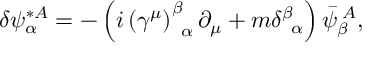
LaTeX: \delta \psi _ { \alpha } ^ { * A } = - \left( i \left( \gamma ^ { \mu } \right) _ { \; \; \alpha } ^ { \beta } \partial _ { \mu } + m \delta _ { \; \; \alpha } ^ { \beta } \right) \bar { \psi } _ { \beta } ^ { \; A } ,